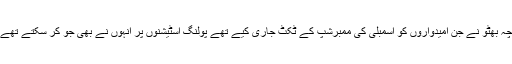
چنانچہ بھٹو نے جن امیدواروں کو اسمبلی کی ممبرشپ کے ٹکٹ جاری کیے تھے پولنگ اسٹیشنوں پر انہوں نے بھی جو کر سکتے تھے کیا۔